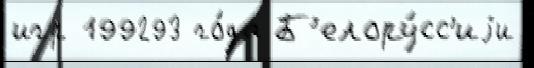
игр 199293 го́да Б'елору́сс'иjи